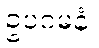
ဥပဂမနံ၊